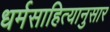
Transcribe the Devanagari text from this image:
धर्मसाहित्यानुसार